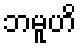
ဘမူဟိ